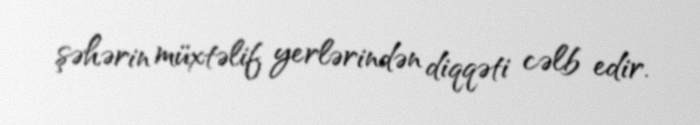
şəhərin müxtəlif yerlərindən diqqəti cəlb edir.